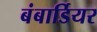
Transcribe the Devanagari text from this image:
बंबार्डियर